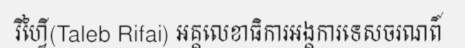
រីហ្វៃី(Taleb Rifai) អគ្គលេខាធិការអង្គការទេសចរណពិ៍